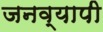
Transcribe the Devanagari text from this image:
जनव्यापी